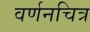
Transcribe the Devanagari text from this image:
वर्णनचित्र